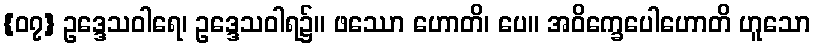
{၀၇} ဥဒ္ဒေသဝါရေ၊ ဥဒ္ဒေသဝါရ၌။ ဖဿော ဟောတိ၊ ပေ။ အဝိက္ခေပေါဟောတိ ဟူသော